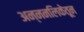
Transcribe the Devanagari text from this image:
अन्ननलिकेतून